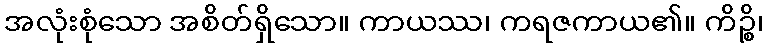
အလုံးစုံသော အစိတ်ရှိသော။ ကာယဿ၊ ကရဇကာယ၏။ ကိဉ္စိ၊